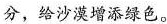
分，给沙漠增添绿色。